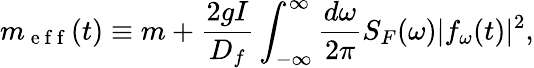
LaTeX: m_{\mathrm{~e~f~f~}}(t)\equiv m+\frac{2gI}{D_{f}}\int_{-\infty}^{\infty}\frac{d\omega}{2\pi}S_{F}(\omega)|f_{\omega}(t)|^{2},